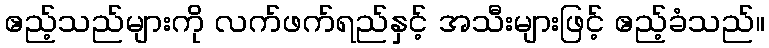
ဧည့်သည်များကို လက်ဖက်ရည်နှင့် အသီးများဖြင့် ဧည့်ခံသည်။